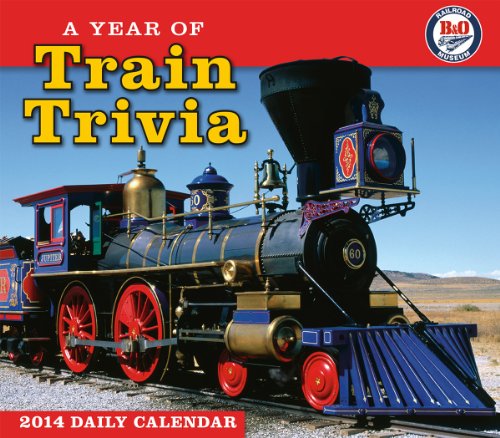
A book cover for A Year of Train Trivia 2014 Boxed/Daily (calendar); B&O Railroad Museum; Calendars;